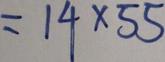
= 1 4 \times 5 5